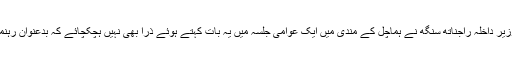
اس سلسلے میں گزشتہ 1 نومبر کو ملک کے وزیر داخلہ راجناتھ سنگھ نے ہماچل کے مندی میں ایک عوامی جلسہ میں یہ بات کہتے ہوئے ذرا بھی نہیں ہچکچائے کہ بدعنوان رہنماؤں کو اپنے عہدہ سے استعفیٰ دے دینا چاہئے۔